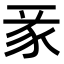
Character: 𧰬